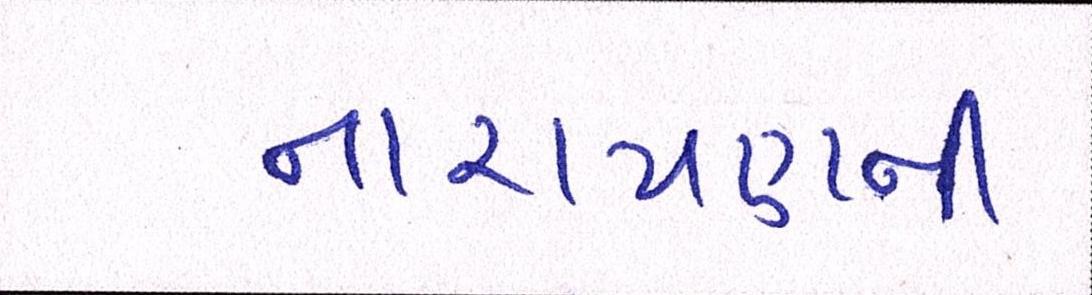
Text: નારાયણની